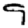
Digit: 9